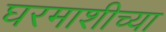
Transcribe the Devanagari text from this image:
घरमाशीच्या